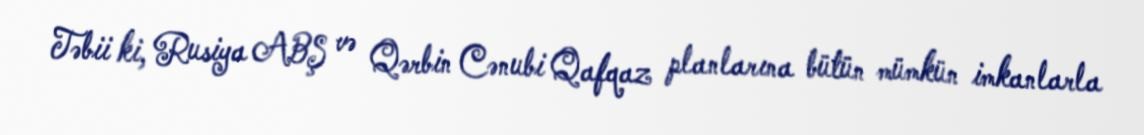
Təbii ki, Rusiya ABŞ və Qərbin Cənubi Qafqaz planlarına bütün mümkün imkanlarla